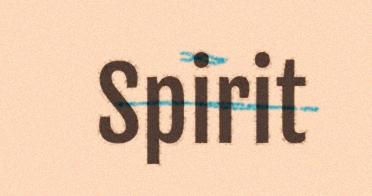
Spirit